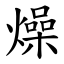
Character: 燥